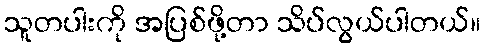
သူတပါးကို အပြစ်ဖို့တာ သိပ်လွယ်ပါတယ်။